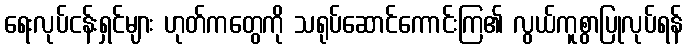
ရေးလုပ်ငန်းရှင်များ ဟုတ်ကတွေကို သရုပ်ဆောင်ကောင်းကြ၏ လွယ်ကူစွာပြုလုပ်ရန်